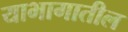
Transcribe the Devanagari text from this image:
याभागातील